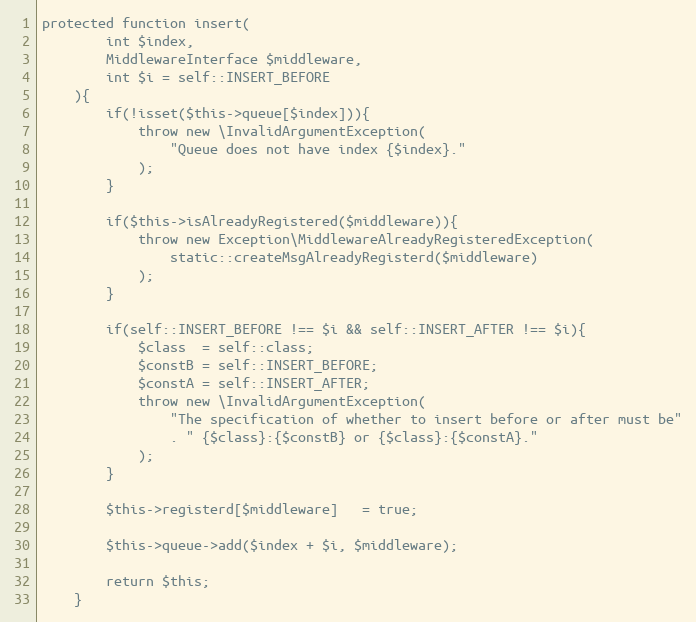
Language: PHP
protected function insert(
        int $index,
        MiddlewareInterface $middleware,
        int $i = self::INSERT_BEFORE
    ){
        if(!isset($this->queue[$index])){
            throw new \InvalidArgumentException(
                "Queue does not have index {$index}."
            );
        }

        if($this->isAlreadyRegistered($middleware)){
            throw new Exception\MiddlewareAlreadyRegisteredException(
                static::createMsgAlreadyRegisterd($middleware)
            );
        }

        if(self::INSERT_BEFORE !== $i && self::INSERT_AFTER !== $i){
            $class  = self::class;
            $constB = self::INSERT_BEFORE;
            $constA = self::INSERT_AFTER;
            throw new \InvalidArgumentException(
                "The specification of whether to insert before or after must be"
                . " {$class}:{$constB} or {$class}:{$constA}."
            );
        }

        $this->registerd[$middleware]   = true;

        $this->queue->add($index + $i, $middleware);

        return $this;
    }